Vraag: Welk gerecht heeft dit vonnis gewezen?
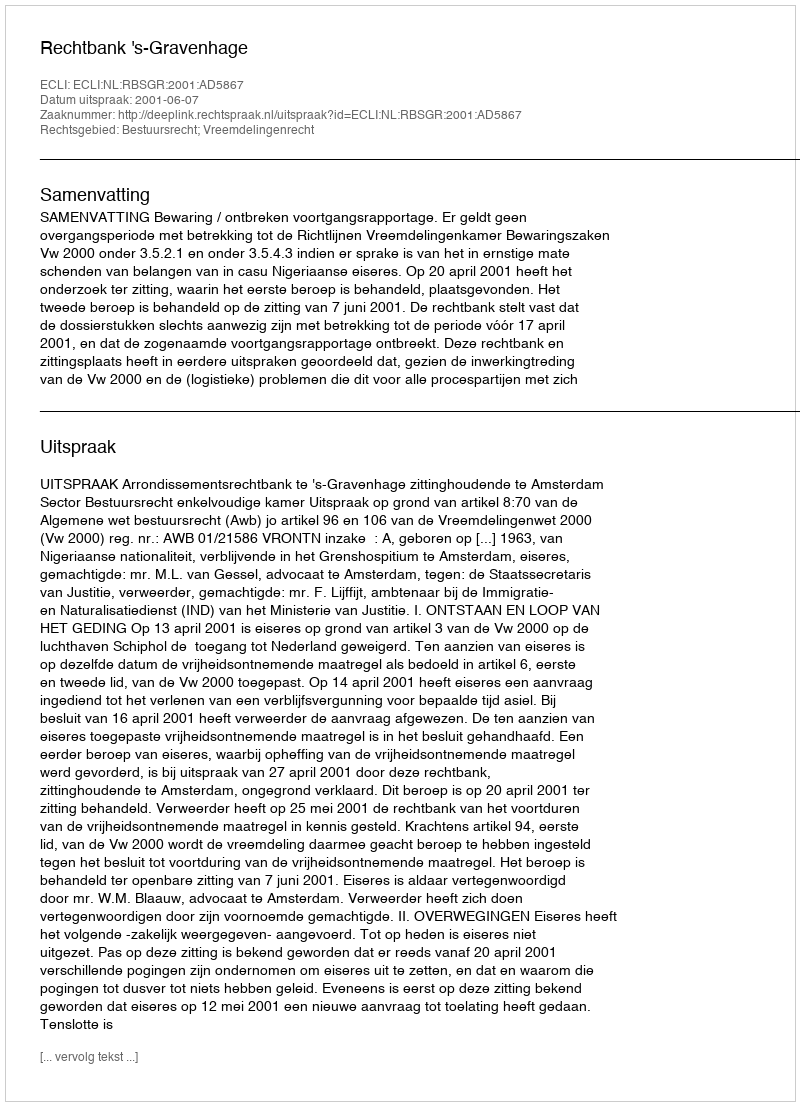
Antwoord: Rechtbank 's-Gravenhage